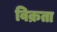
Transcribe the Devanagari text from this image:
विक्रता